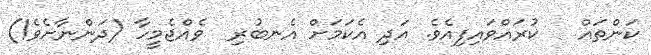
ކަންތައް   ކުރައްވައިފިއެވެ. އަދި އެކަމަށް އެނބުރި  ވެއްޖެމީހާ (ދަންނާށެވެ!)